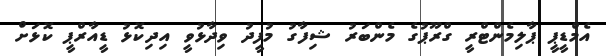
އެމްޑީޕީ ޕާލިމެންޓްރީ ގްރޫޕުގެ މެންބަރު ޝިފާގު މުފީދު ވިދާޅުވީ އިދިކޮޅު ޑީއާރްޕީ ކޮޅަށް